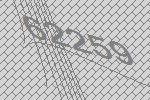
62259